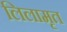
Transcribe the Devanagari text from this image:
लिलामृत